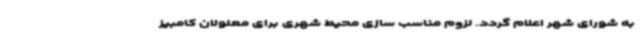
به شورای شهر اعلام گردد. لزوم مناسب سازی محیط شهری برای معلولان کامبیز